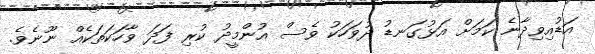
އަޑުއިވިދާނެ ކަމަށް އަޅުގަނޑު ދުވަހަކު ވެސް އުންމީދު ކުރި ފަދަ ވާހަކަތަކެއް ނޫނެވެ.